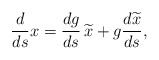
\begin{align*}\frac{d}{ds} x= \frac{dg}{ds} \, \widetilde{x}+ g \frac{d \widetilde{x}}{ds},\end{align*}